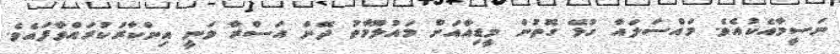
ނަސީމާއެކުއެވެ. މައްސަލައާ ގުޅޭ ގޮތުން މީޑިއާއަށް މައުލޫމާތު ދޭން އަސްރާ ވަނީ އިންކާރުކުރައްވާފައެވެ.